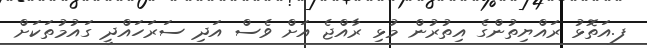
ފ.އަތޮޅު ރައްޔިތުންގެ އިތުރުން މުޅި ރާއްޖެ އަށް ވެސް އަދި ސަރަހައްދީ ގައުމުތަކަށް